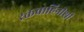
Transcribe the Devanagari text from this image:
रक्तवाहिनीशी